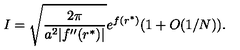
I = \sqrt { \frac { 2 \pi } { a ^ { 2 } | f ^ { \prime \prime } ( r ^ { * } ) | } } e ^ { f ( r ^ { * } ) } ( 1 + O ( 1 / N ) ) .